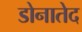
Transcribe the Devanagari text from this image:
डोनातेद